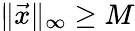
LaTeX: \| {\vec{x}}\| _{\infty}\geq M